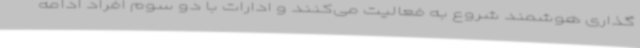
‌گذاری هوشمند شروع به فعالیت می‌کنند و ادارات با دو سوم افراد ادامه